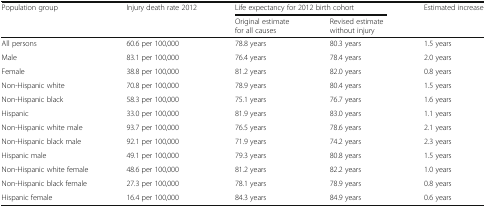
| <ROWSPAN=2> Population group | <ROWSPAN=2> Injury death rate 2012 | <COLSPAN=2> Life expectancy for 2012 birth cohort | <ROWSPAN=2> Estimated increase |
 | Original estimate for all causes | Revised estimate without injury |
 | --- | --- | --- | --- | --- |
 | All persons | 60.6 per 100,000 | 78.8 years | 80.3 years | 1.5 years |
 | Male | 83.1 per 100,000 | 76.4 years | 78.4 years | 2.0 years |
 | Female | 38.8 per 100,000 | 81.2 years | 82.0 years | 0.8 years |
 | Non-Hispanic white | 70.8 per 100,000 | 78.9 years | 80.4 years | 1.5 years |
 | Non-Hispanic black | 58.3 per 100,000 | 75.1 years | 76.7 years | 1.6 years |
 | Hispanic | 33.0 per 100,000 | 81.9 years | 83.0 years | 1.1 years |
 | Non-Hispanic white male | 93.7 per 100,000 | 76.5 years | 78.6 years | 2.1 years |
 | Non-Hispanic black male | 92.1 per 100,000 | 71.9 years | 74.2 years | 2.3 years |
 | Hispanic male | 49.1 per 100,000 | 79.3 years | 80.8 years | 1.5 years |
 | Non-Hispanic white female | 48.6 per 100,000 | 81.2 years | 82.2 years | 1.0 years |
 | Non-Hispanic black female | 27.3 per 100,000 | 78.1 years | 78.9 years | 0.8 years |
 | Hispanic female | 16.4 per 100,000 | 84.3 years | 84.9 years | 0.6 years |